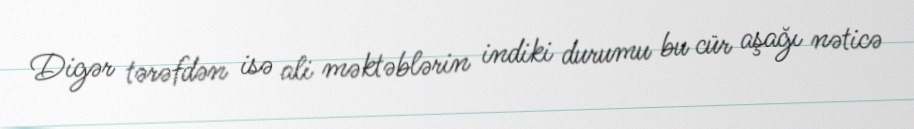
Digər tərəfdən isə ali məktəblərin indiki durumu bu cür aşağı nəticə